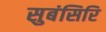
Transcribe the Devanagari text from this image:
सुबंसिरि